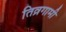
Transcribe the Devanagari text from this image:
तिव्रगामी